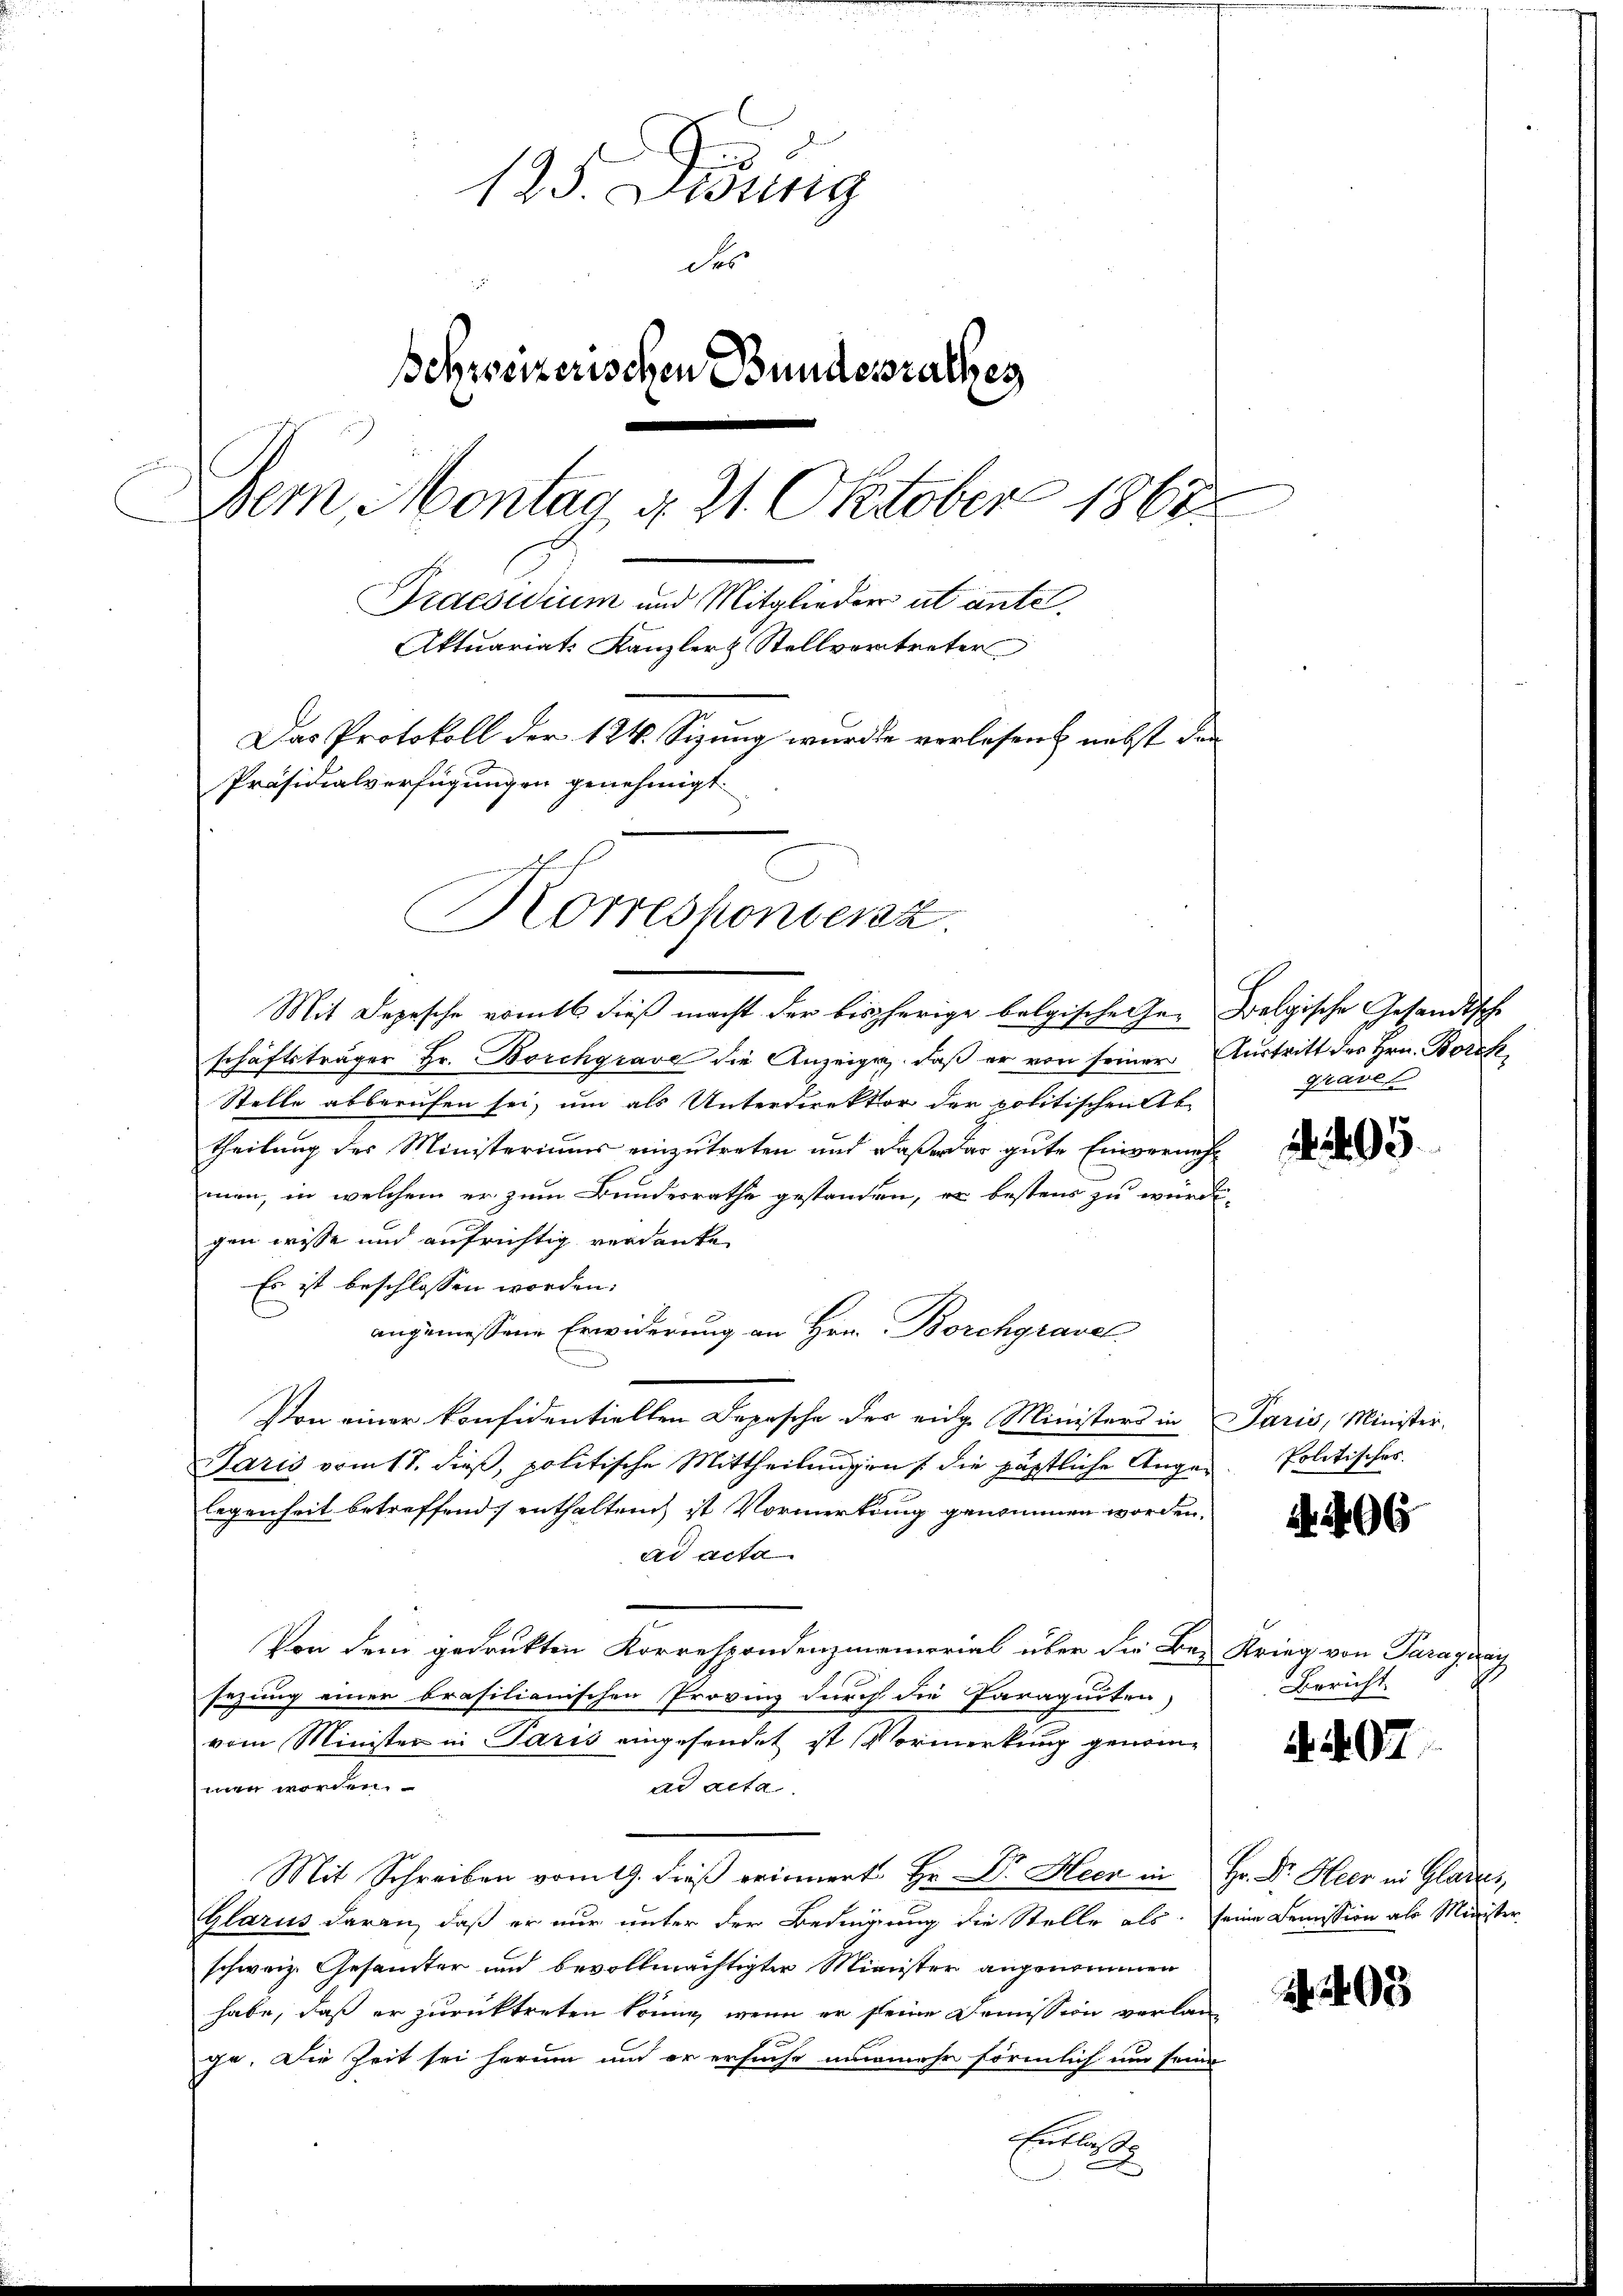
125. Dessing
des
Behzreizerischen Bundesrathes
Dein Montag d. 21. Oktober 1862
Praesidium und Mitglieder ut antel
Aktuariats Kanzler & Stellvertreter
Das Protokoll der 124. Sizung wurde verlesen nebst den
Präsidialverfügungen genehmigt.
h
n
Korrespondenz.

Mit Depesche vomtl. dieß macht der bisherige belgische Ge- Falgische Gesandtsche
schäftsträger Hr. Borchgrave die Anzeige, daß er von seiner Austritt des Hrn. Borck
Stelle abberufen sei, um als Unterdirektor der politischen Ab-
theilung des Ministeriums einzutreten und daß er das gute Einvernehmen, in welchem er zum Bundesrathe gestanden, er bestens zu würdi-
gen wisse und aufrichtig verdanke
Es ist beschlossen worden.
angemessene Erwiderung an Hrn. Borchgravel
Von einer konfidentiellen Depesche der eidge Ministers in Paris, Minister-
Jaris vom 17. dieß, politische Mittheilungen / die päpstliche Angelegenheit betreffend enthalten ist Vormerkung genommen worden,
ad acta.
Von dem gedruckten Korrespondenzmemorial über die Be- Krieg von Paraguay
sezung einer brasilianischen Provinz durch die Paraguiten,
vom Minister in Paris eingesendet ist Vormerkung genommen worden.
ad acta
Mit Schreiben vom 19. dieß erinnert Hr. Dr. Heer in Hr. Dr. Heer in Glaser,
Glarus daran, daß er nur unter der Bedingung die Stelle als seine Demission als Minister
schweiz. Gesamter und bevollmächtigter Minister angenommen
habe, daß er zurücktreten könne, wenn er seine Demission verlan-
ge. Die Zeit sei herum und er ersuche nunmehr förmlich um seine
Entl

grave

293.

Politisches.

A. 406

Bericht

4. 407.

A 203